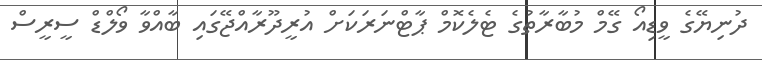
ދުނިޔޭގެ ވީޑިއޯ ގޭމް މުބާރާތުގެ ޓެލެކޮމް ޕާޓްނަރަކަށް އުރީދޫރާއްޖޭގައި ބާއްވާ ވޯލްޑް ސީރީސް